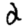
Digit: 2